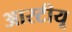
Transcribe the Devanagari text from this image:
आरटीयू